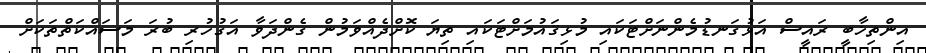
އިންތިޚާބީ ރައީސް އަޅުގަނޑުމެންނަށްޓަކައި މުޅިޤައުމަށްޓަކައި ތިޔަ ކޮށްދެއްވަމުން ގެންދަވާ އަގުހުރި ބުރަ މަސައްކަތްތަކަށް